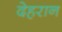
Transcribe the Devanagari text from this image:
देहरान